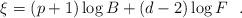
LaTeX: \begin{align*}\xi =(p+1)\log B+ (d-2) \log F~~.\end{align*}